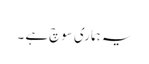
یہ ہماری سوچ ہے ۔